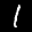
Label: 1